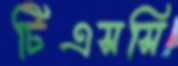
টিএসসি